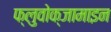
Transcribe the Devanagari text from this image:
फ्लुवोक्जामाइन